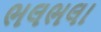
ભલભલા